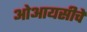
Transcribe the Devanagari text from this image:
ओआयसीचे